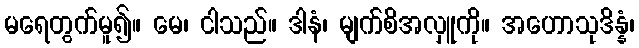
မရေတွက်မူ၍။ မေ၊ ငါသည်။ ဒါနံ၊ မျက်စိအလှူကို။ အဟောသုဒိန္နံ၊